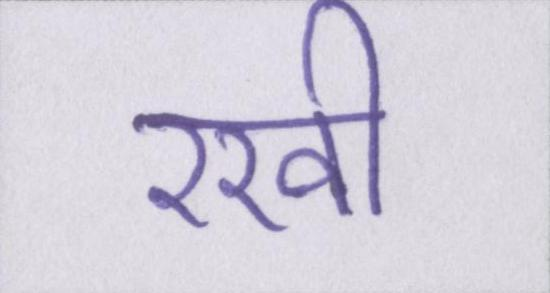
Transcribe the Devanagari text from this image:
रखी